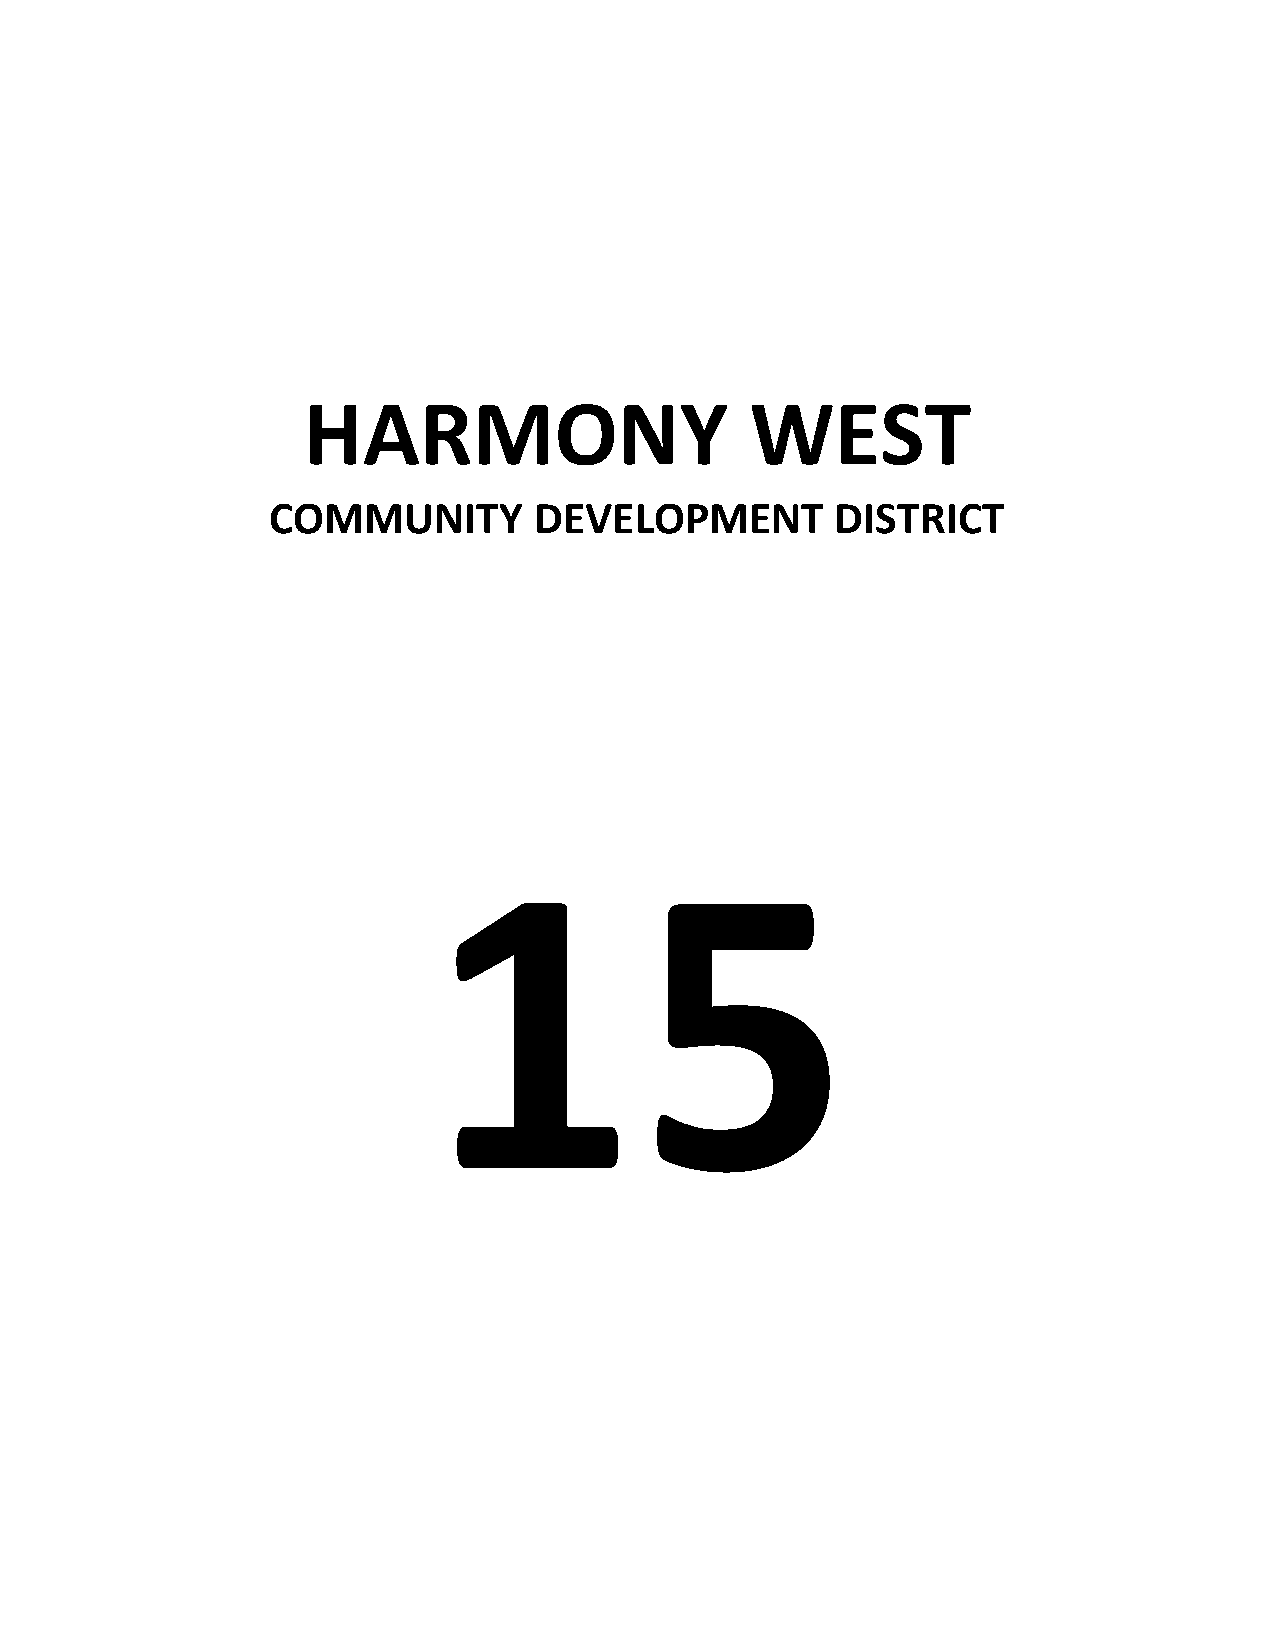
HARMONY                       WEST
 COMMUNITY        DEVELOPMENT         DISTRICT
 15